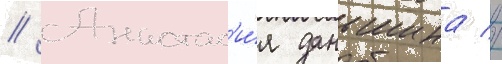
// Анастас'и́я даньшина //